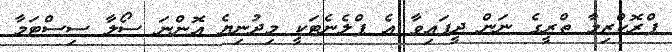
ޕްރޮކްޒިމާ ތްރީގެ ނަން ދީފައިވާ އެ ޕްލެނެޓަކީ މިދުނިޔެ އޮންނަ ސޯލާ ސިސްޓަމާ